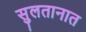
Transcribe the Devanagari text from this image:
सुलतानात